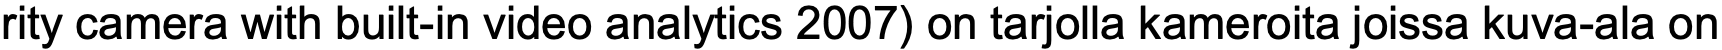
rity camera with built-in video analytics 2007) on tarjolla kameroita joissa kuva-ala on